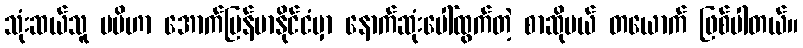
သုံးဆယ်သူ မမိဟာ အောက်မြန်မာနိုင်ငံမှာ နောက်ဆုံးပေါ်ထွက်တဲ့ စာဆိုမယ် တယောက် ဖြစ်ပါတယ်။